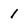
Character: l